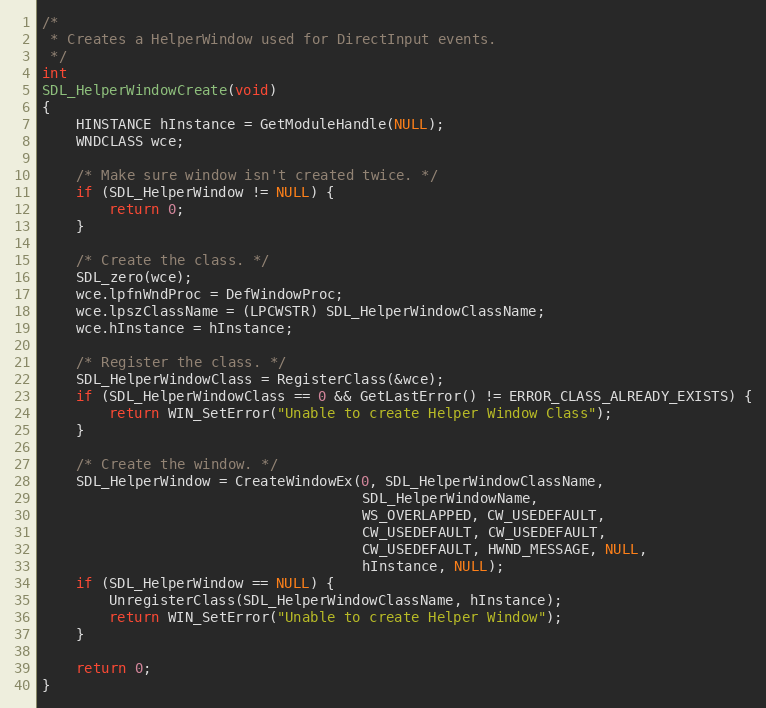
Language: C
/*
 * Creates a HelperWindow used for DirectInput events.
 */
int
SDL_HelperWindowCreate(void)
{
    HINSTANCE hInstance = GetModuleHandle(NULL);
    WNDCLASS wce;

    /* Make sure window isn't created twice. */
    if (SDL_HelperWindow != NULL) {
        return 0;
    }

    /* Create the class. */
    SDL_zero(wce);
    wce.lpfnWndProc = DefWindowProc;
    wce.lpszClassName = (LPCWSTR) SDL_HelperWindowClassName;
    wce.hInstance = hInstance;

    /* Register the class. */
    SDL_HelperWindowClass = RegisterClass(&wce);
    if (SDL_HelperWindowClass == 0 && GetLastError() != ERROR_CLASS_ALREADY_EXISTS) {
        return WIN_SetError("Unable to create Helper Window Class");
    }

    /* Create the window. */
    SDL_HelperWindow = CreateWindowEx(0, SDL_HelperWindowClassName,
                                      SDL_HelperWindowName,
                                      WS_OVERLAPPED, CW_USEDEFAULT,
                                      CW_USEDEFAULT, CW_USEDEFAULT,
                                      CW_USEDEFAULT, HWND_MESSAGE, NULL,
                                      hInstance, NULL);
    if (SDL_HelperWindow == NULL) {
        UnregisterClass(SDL_HelperWindowClassName, hInstance);
        return WIN_SetError("Unable to create Helper Window");
    }

    return 0;
}